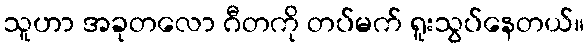
သူဟာ အခုတလော ဂီတကို တပ်မက် ရူးသွပ်နေတယ်။